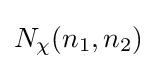
N_{\chi }(n_{1},n_{2})